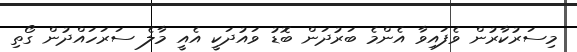
މިސަރުކާރުން ވެފައިވާ އެންމެ ބަރުދަން ބޮޑު ވައުދަކީ އެއީ މާލެ ސަރަހައްދުން ގޯތި